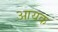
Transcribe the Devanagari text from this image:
आयक